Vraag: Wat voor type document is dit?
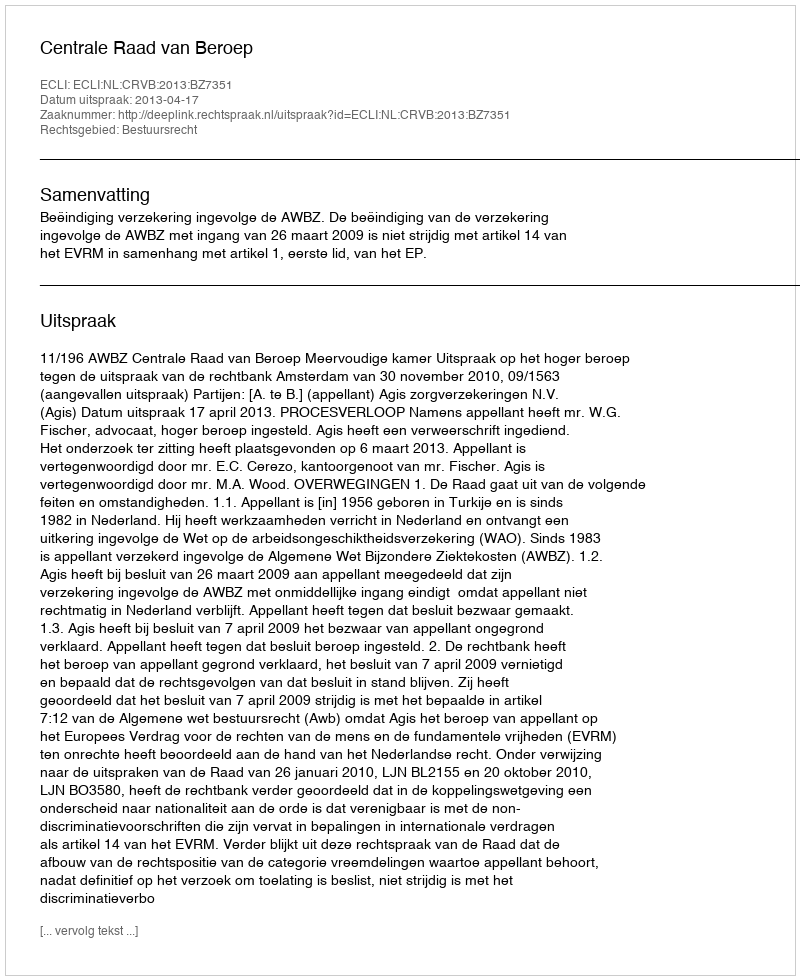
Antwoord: Uitspraak